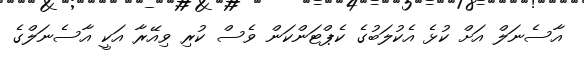
އާސެނަލް އަށް ކުޅެ އެކުލަބުގެ ކެޕްޓަންކަން ވެސް ކުރި ވިއޭރާ އަކީ އާސެނަލްގެ